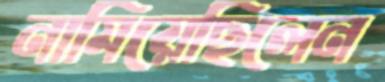
নামিয়েছিলেন